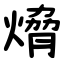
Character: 熁